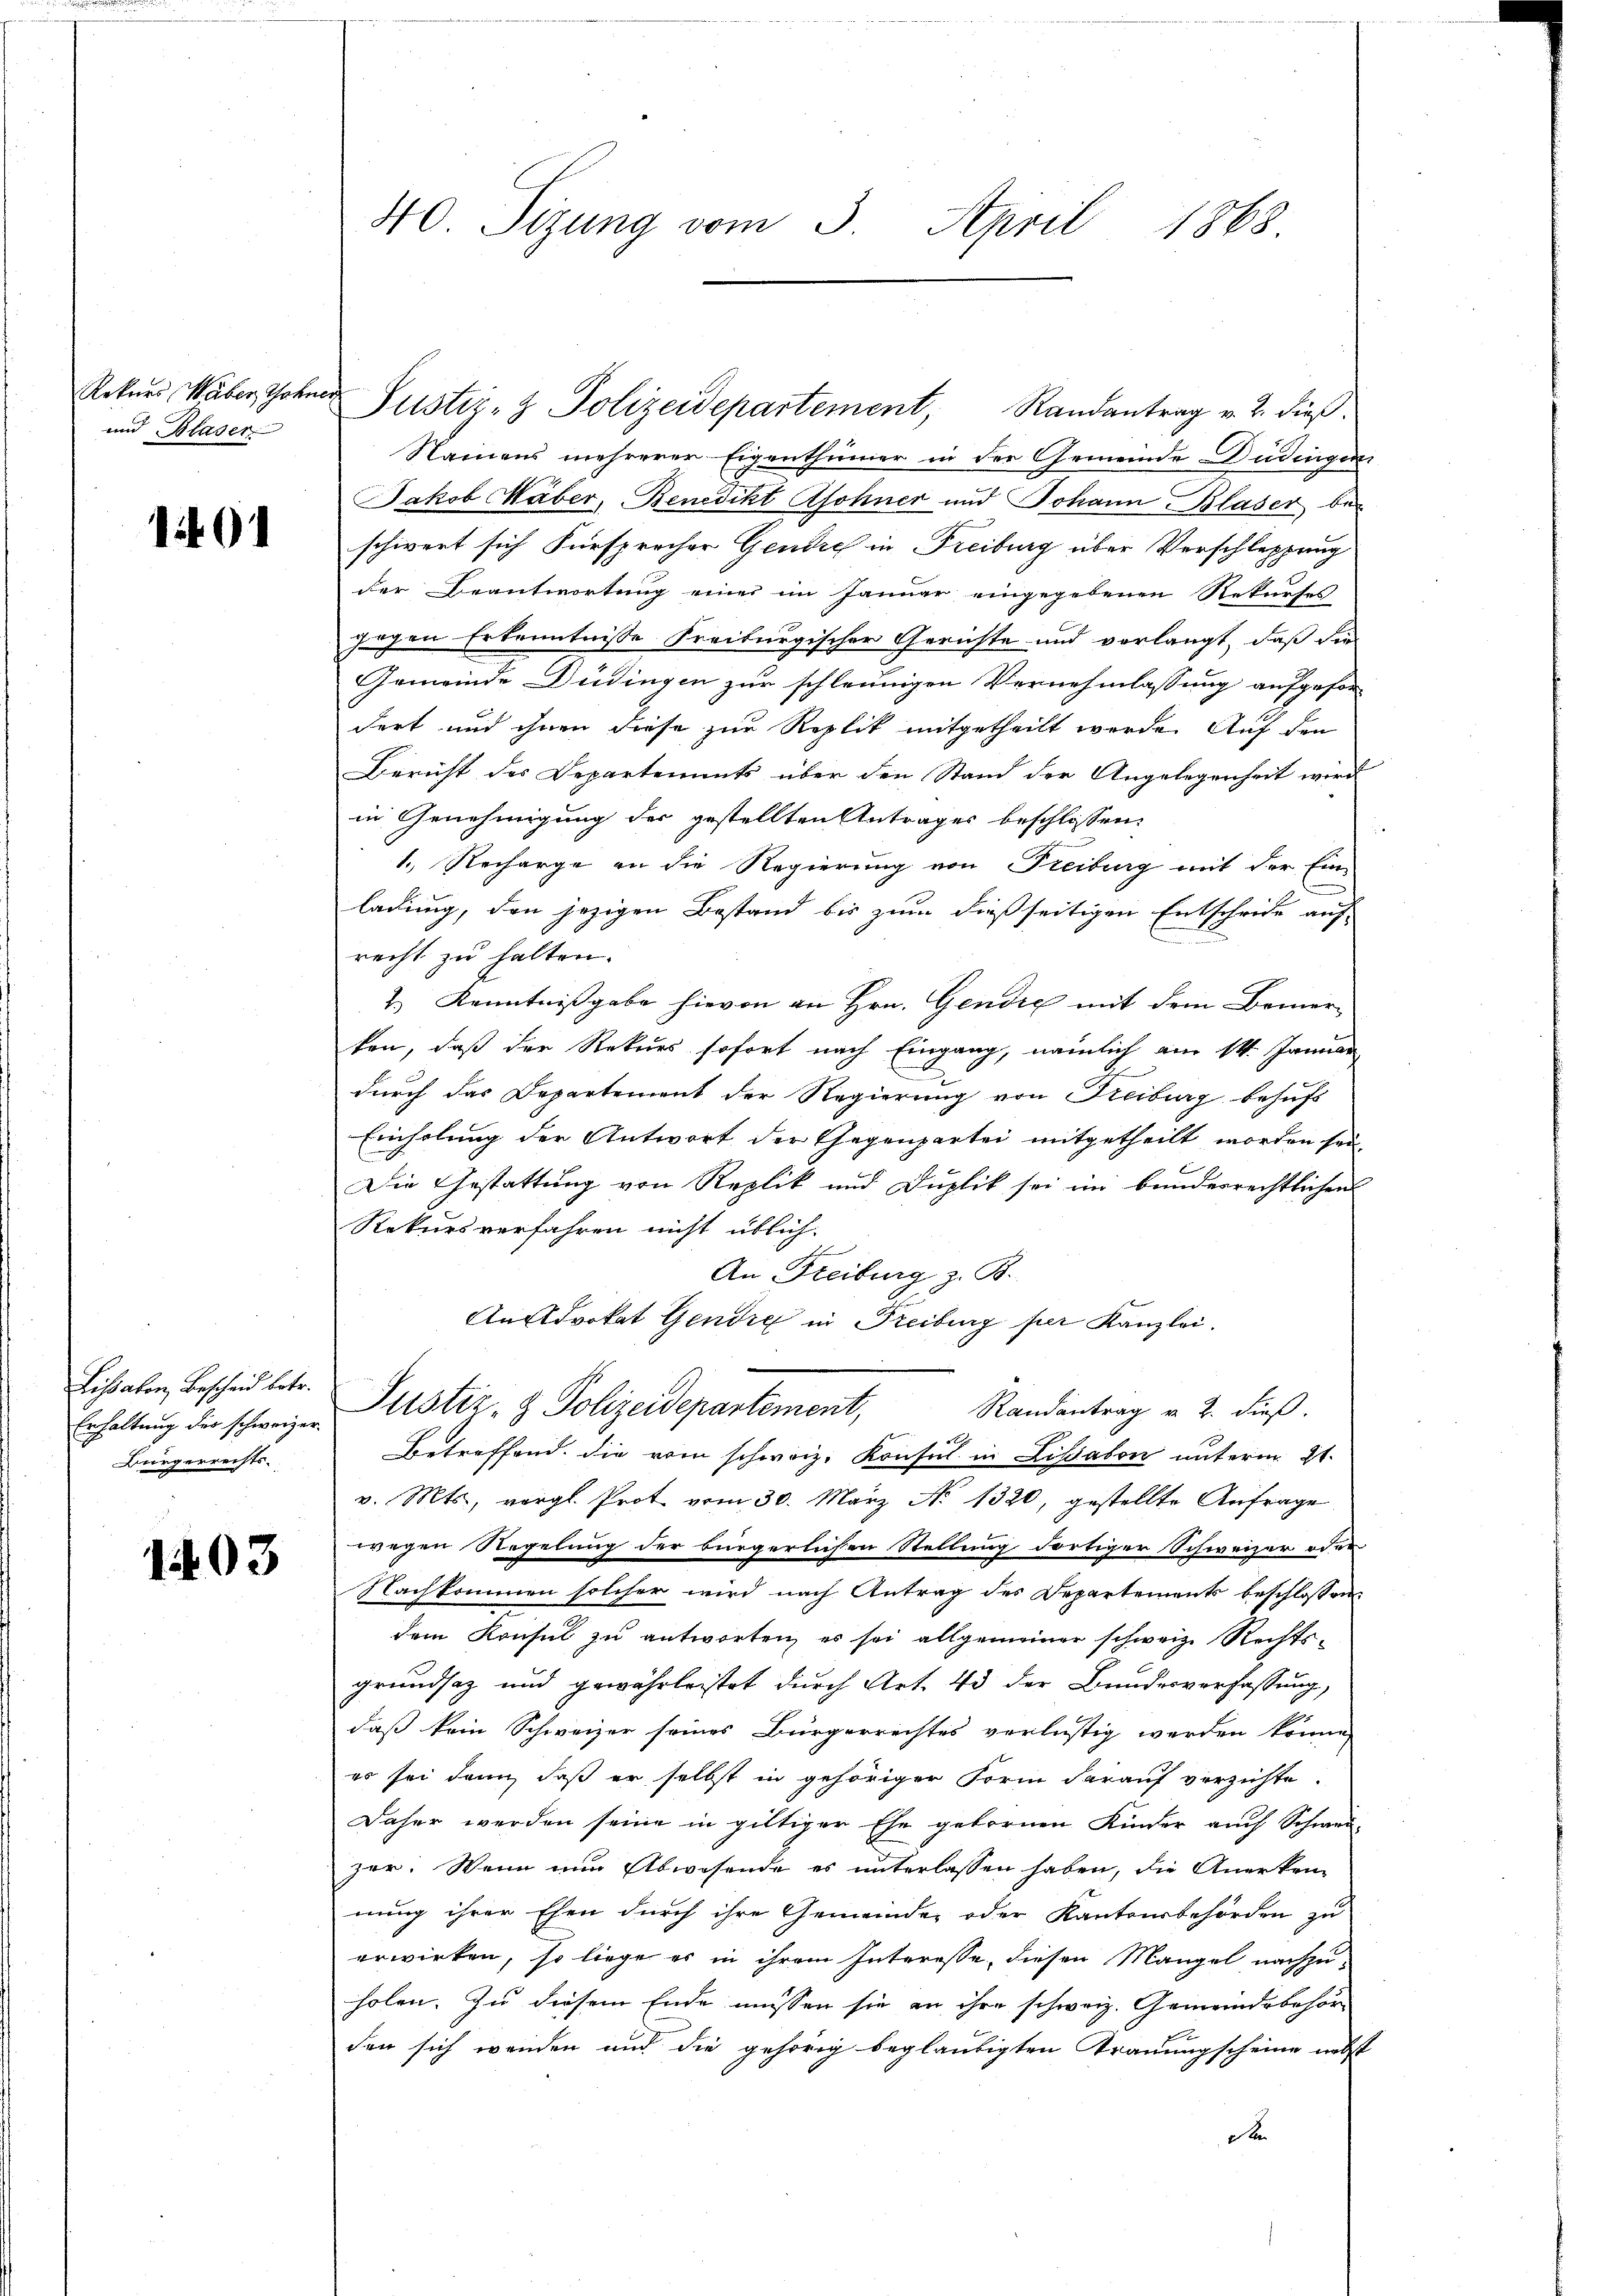
Rekurs, Weber, Thalen
und Blaser

Lissabon, Bescheid betr.
Erhaltung der schweizer
Bürgerrechts-

1403

40 Sizung vom 3. April 1868

Justiz- & Polizeidepartement, Randantrag v. 2. dieβ.
Namens mehrerer Eigenthümer in der Gemeinde Düdingen
Jakob Häber, Benedikt Asohner und Johann Blaser beschwert sich Fürsprecher Genie in Freiburg über Verschleppung
der Beantwortung einer im Januar eingegebenen Rekurses
gegen Erkenntnisse Freiburgischer Gerichte und verlangt, daß sie
Gemeinde Düdingen zur schleunigen Vernehmlassung aufgefor-
dert und ihnen diese zur Replik mitgetheilt werde. Auf den
Bericht des Departements über den Stand der Angelegenheit wird
in Genehmigung der gestellten Antrages beschlossen:
1. Recharge an die Regierung von Freibung mit der Einladung, den jezigen Bestand bis zum dießseitigen Entschrift auf
recht zu halten.
2.) Kenntnißgabe hievon an Hrn. Gendig mit dem Bemer-
ken, daß der Rekurs sofort nach Eingang, nämlich am 14. Januar
durch das Departement der Regierung von Freiburg behufs
Einholung der Antwort der Gegenpartei mitgetheilt worden sei.
Die Gestattung von Replik und Duplik sei im bunderrechtlichen
Rekursverfahren nicht üblich
An Freiburg z. B.
AnAdvokat Gendre in Freiburg per Kanzlei.
Justiz- & Polizeidepartement,
Randantrag v. 2. dieß.
Betreffend die vom schweiz. Konsul in Lisabon unterm 21.
v. Mts., vergl. Prot vom 30. März No 1320, gestellte Anfrage
wegen Regelung der bürgerlichen Stellung dortiger Schweizer oder
Nachkommen solcher wird nach Antrag des Departements beschlossen:
dem Konsul zu antworten, es sei allgemeiner schweiz. Rechtsgrundsaz und gewährleistet durch Art. 43 der Bundesverfassung,
daß kein Schweizer seines Bürgerrechtes verlustig werden könne,
es sei dann, daß er selbst in gehöriger Form darauf verzichte.
Daher werden seine in giltiger Ehe gebornen Kinder auch Schwei-
zer. Wenn nun Abwesende es unterlassen haben, die Anerken-
nung ihrer Ehen durch ihre Gemeinde oder Kantonsbehörden zu
erwirken, so liege es in ihrem Interesse, diesen Mangel nachzuholen. Zu diesem Ende müssen sie an ihre schweiz. Gemeindsbehör
den sich wenden und die gehörig beglaubigten Trauungscheine nebst
x